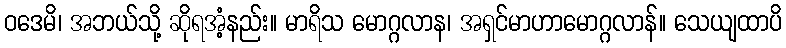
ဝဒေမိ၊ အဘယ်သို့ ဆိုရအံ့နည်း။ မာရိသ မောဂ္ဂလာန၊ အရှင်မာဟာမောဂ္ဂလာန်။ သေယျထာပိ